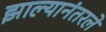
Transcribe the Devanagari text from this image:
झाल्यानंतरले